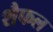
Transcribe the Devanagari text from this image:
शैफल